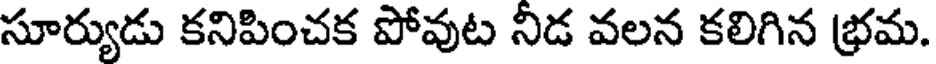
సూర్యుడు కనిపించక పోవుట నిడ వలన కలిగిన భ్రమ.